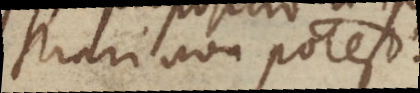
strari non potest.